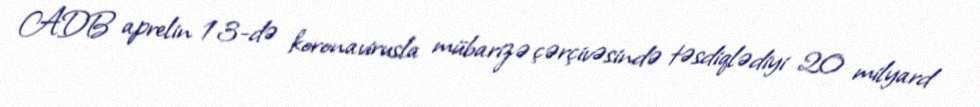
ADB aprelin 13-də koronavirusla mübarizə çərçivəsində təsdiqlədiyi 20 milyard